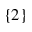
\{ 2 \}